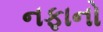
નફાનો